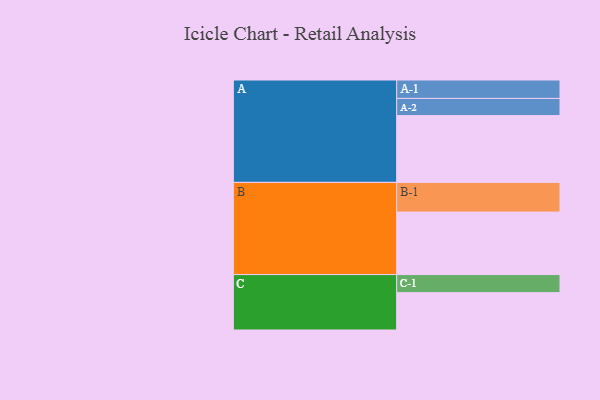
{"axis": {"x": "Segment", "y": "Value"}, "legend": ["", "A", "B", "C"], "data": [{"x": "A", "y": 576, "type": ""}, {"x": "B", "y": 539, "type": ""}, {"x": "C", "y": 322, "type": ""}, {"x": "A-1", "y": 159, "type": "A"}, {"x": "A-2", "y": 148, "type": "A"}, {"x": "B-1", "y": 256, "type": "B"}, {"x": "C-1", "y": 156, "type": "C"}]}